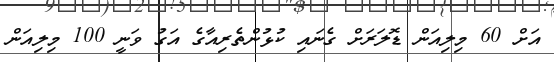
އަށް 60 މިލިއަން ޑޮލަރަށް ގެނައި ކުޅުންތެރިއާގެ އަގު ވަނީ 100 މިލިއަން